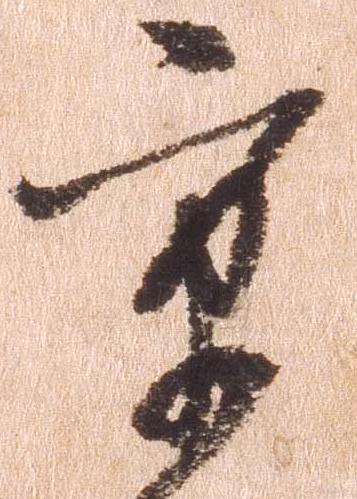
京